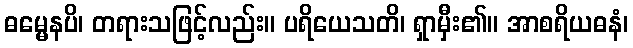
ဓမ္မေနပိ၊ တရားသဖြင့်လည်း။ ပရိယေသတိ၊ ရှာမှီး၏။ အာစရိယဓနံ၊